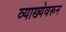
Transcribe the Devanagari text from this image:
व्याख्येवरून